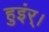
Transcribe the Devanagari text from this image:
हुइंर्।